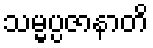
သမ္မပ္ပဇာနာတိ